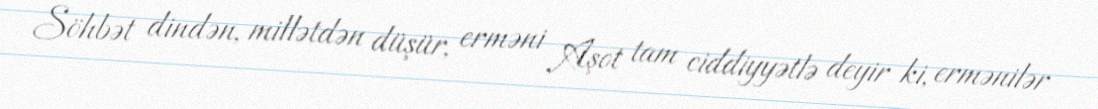
Söhbət dindən, millətdən düşür, erməni Aşot tam ciddiyyətlə deyir ki, ermənilər